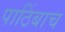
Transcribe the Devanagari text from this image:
पाठिंबाच